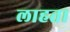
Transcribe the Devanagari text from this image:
लाहता